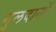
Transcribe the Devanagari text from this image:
गुलदानों